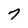
Character: 7